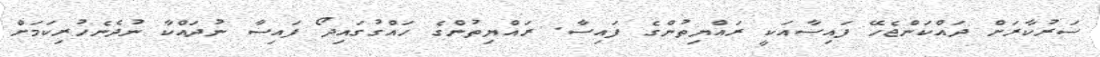
ސަރުކާރަށް ދައްކަންޖެހޭ ފައިސާއަކީ ރައްޔިތުންގެ ފައިސާ. ރައްޔިތުންގެ ހައްގުގައިދޯ ފައިސާ ނުދައްކާ ނުދެނެހުރިކަމަށް